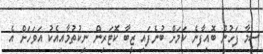
ސީމާ ފަހުން ބޮއިފާނެ ކަމަށް ބުނެފައި ޒީބާ ކޮޓަރިން ނިކުތުމާއިއެކު އަވަހަށް އެ